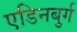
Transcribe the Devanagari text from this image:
एडिनबुर्ग